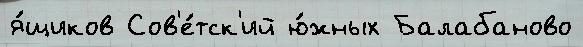
я́щиков Сов'е́тск'ий ю́жных Балабаново